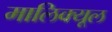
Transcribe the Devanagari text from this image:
मालिक्यूल